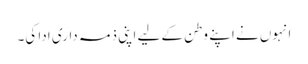
انہوں نے اپنے وطن کے لیے اپنی ذمہ داری ادا کی۔